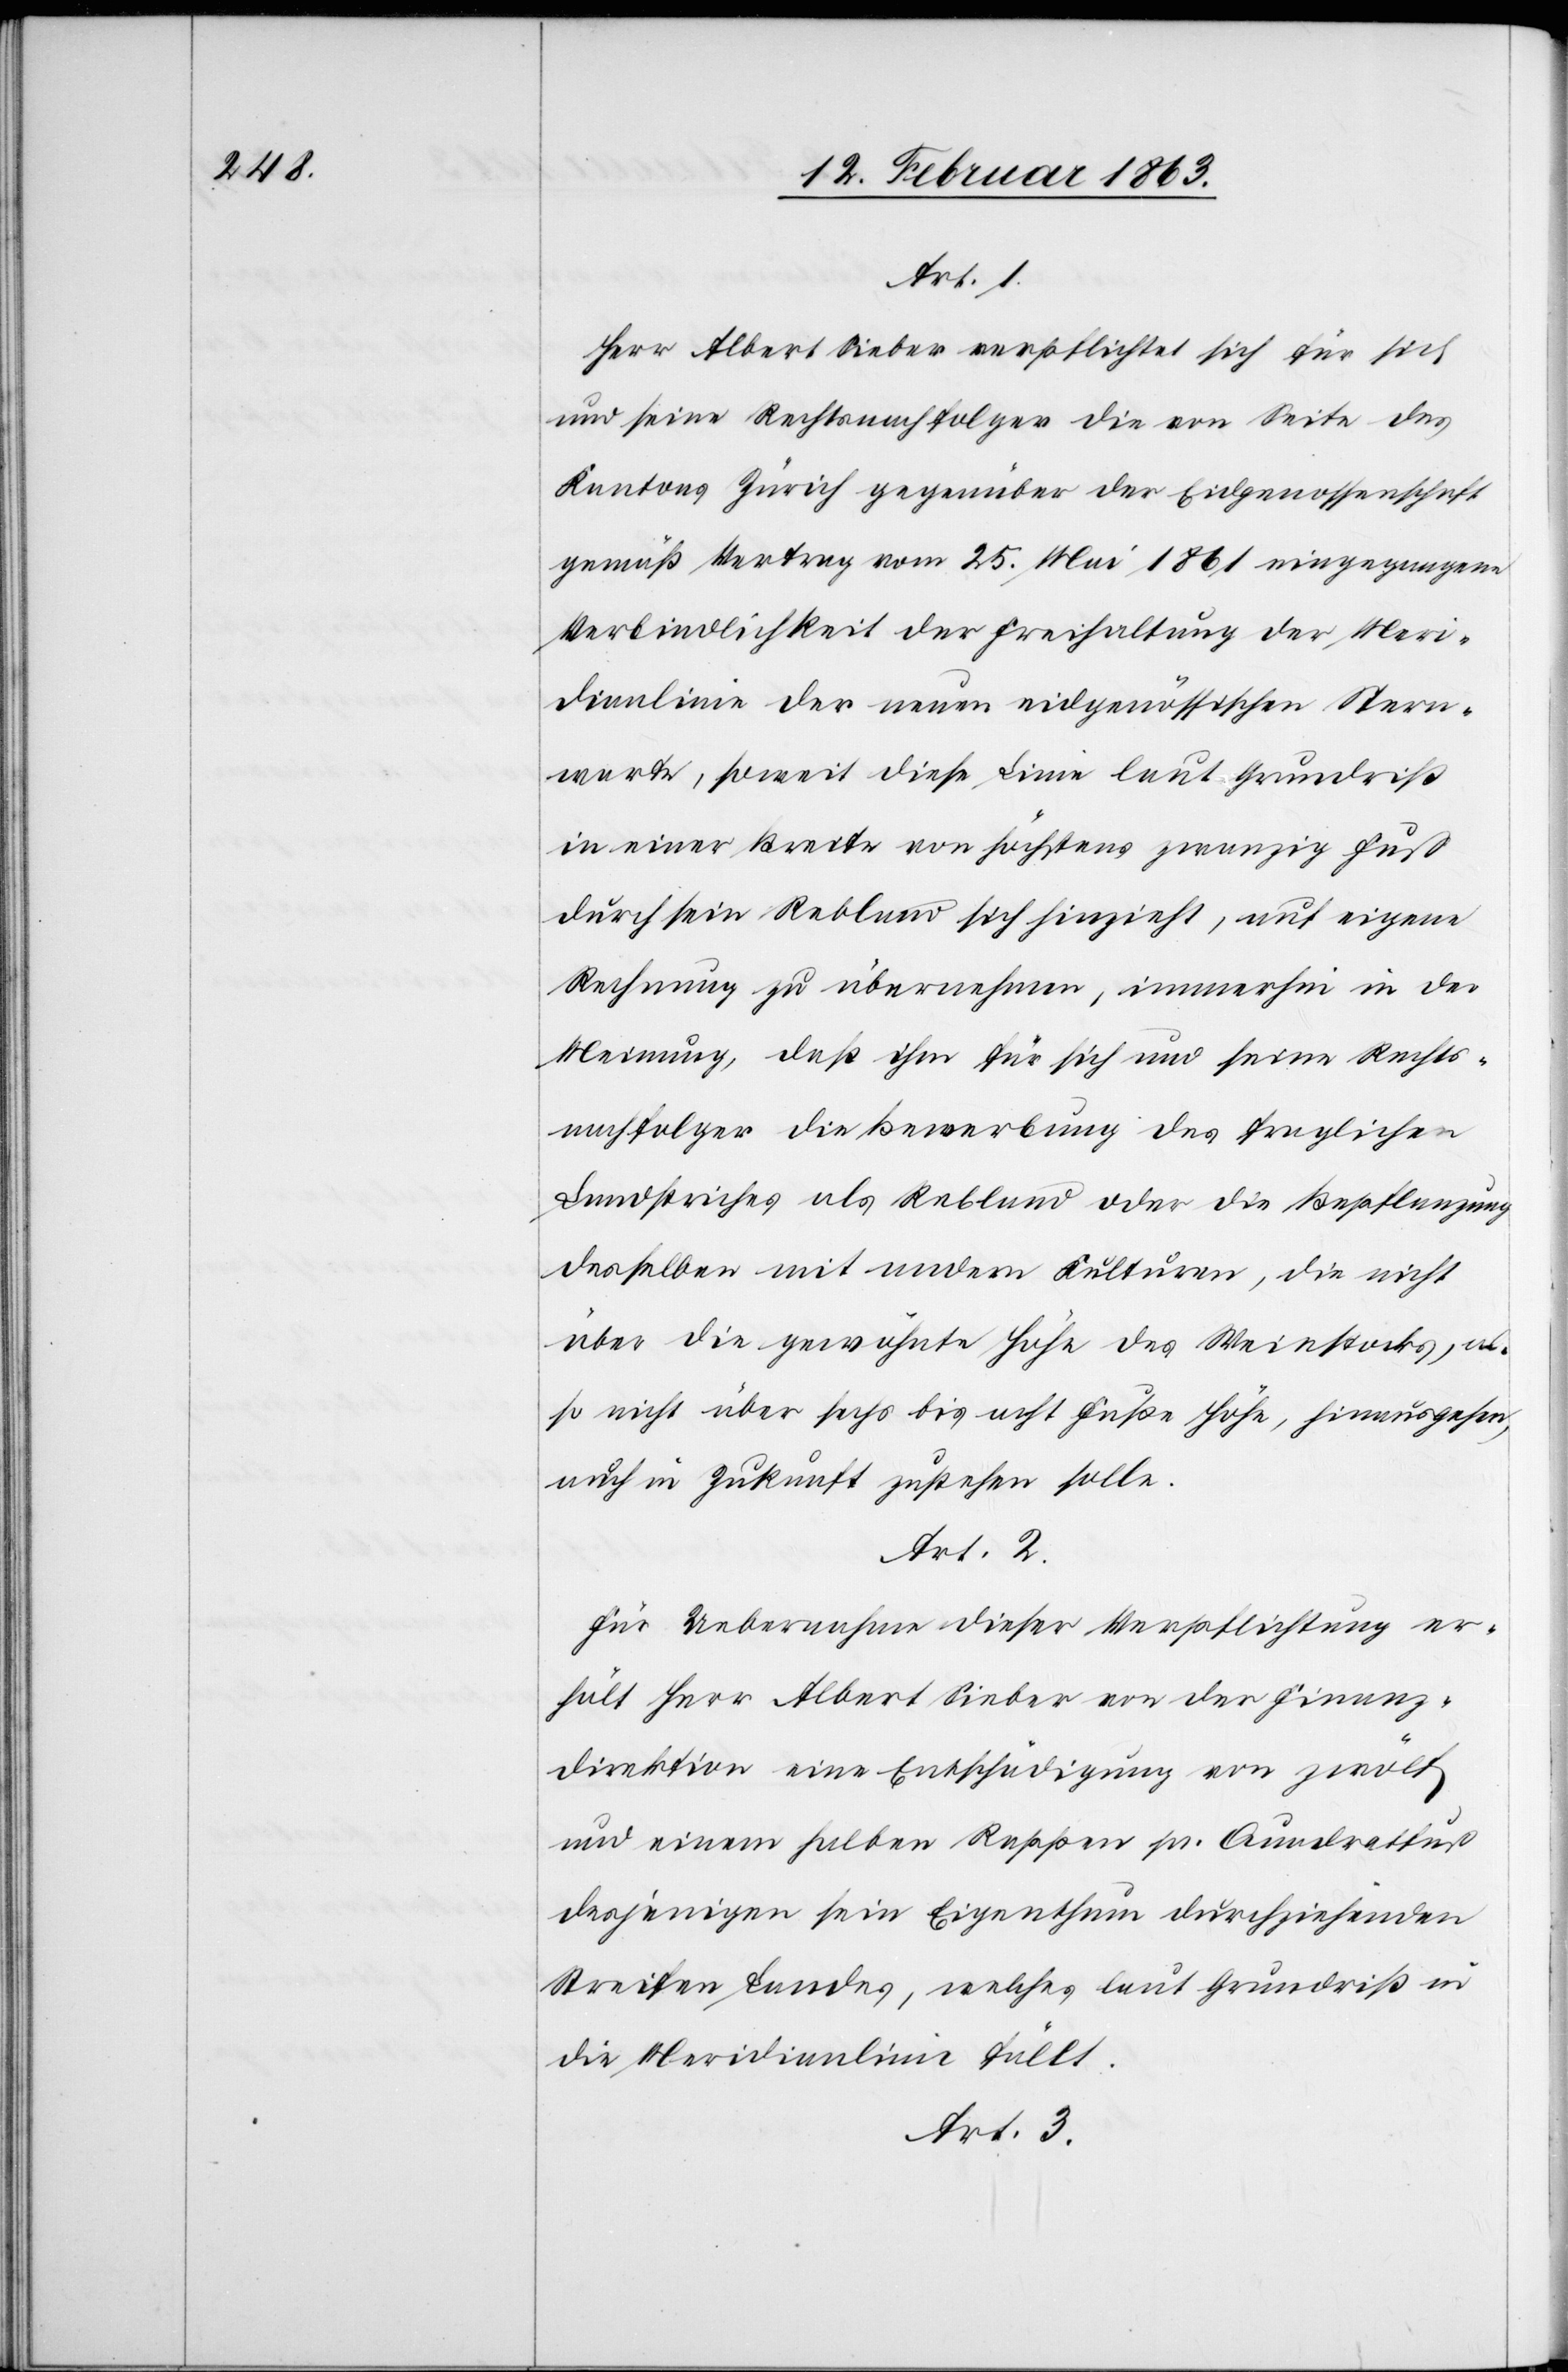
Art. 1.
Herr Albert Sieber verpflichtet sich für sich
und seine Rechtsnachfolger die von Seite des
Kantons Zürich gegenüber der Eidgenossenschaft
gemäß Vertrag vom 25. Mai 1861 eingegangene
Verbindlichkeit der Freihaltung der Meri¬
dianlinie der neuen eidgenössischen Stern¬
warte, soweit diese Linie laut Grundriß
in einer Breite von höchstens zwanzig Fuß
durch sein Rebland sich hinzieht, auf eigene
Rechnung zu übernehmen, immerhin in der
Meinung, daß ihm für sich und seine Rechts¬
nachfolger die Bewerbung des fraglichen
Landstriches als Rebland oder die Bepflanzung
desselben mit andern Kulturen, die nicht
über die gewöhnte Höhe des Weinstocks, al¬
so nicht über sechs bis acht Fuße Höhe, hinausgehen,
auch in Zukunft zustehen solle.
Art. 2.
Für Uebernahme dieser Verpflichtung er¬
hält Herr Albert Sieber von der Finanz¬
direktion eine Entschädigung von zwölf
und einem halben Rappen pr. Quadratfuß
desjenigen sein Eigenthum durchziehenden
Streifen Landes, welches laut Grundriß in
die Meridianlinie fällt.
Art. 3